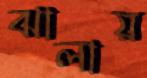
ঝালায়